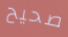
صحيح